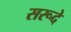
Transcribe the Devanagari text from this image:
सरूदे